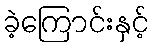
ခဲ့ကြောင်းနှင့်